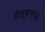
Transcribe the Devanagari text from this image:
सेस्वर्दा